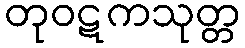
တုဝဋကသုတ္တ